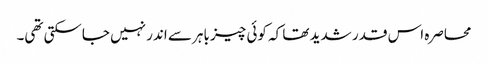
محاصرہ اس قدر شدید تھا کہ کوئی چیز باہر سے اندر نہیں جاسکتی تھی۔